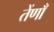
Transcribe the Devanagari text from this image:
तेंणाँ